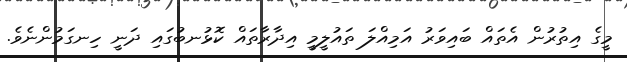
މީގެ އިތުރުން އެތައް ބައިވަރު އަމިއްލަ ތައުލީމީ އިދާރާތައް ކޮޅުނބުގައި ދަނީ ހިނގަމުންނެވެ.